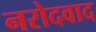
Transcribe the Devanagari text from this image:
नरोदवाद